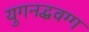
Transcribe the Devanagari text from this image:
युगनद्धवग्ग